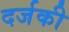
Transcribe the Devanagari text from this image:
दर्जकी